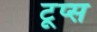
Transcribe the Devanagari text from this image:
टूप्स